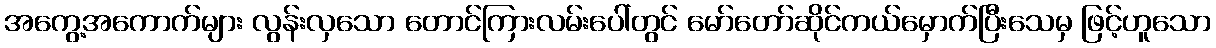
အကွေ့အကောက်များ လွန်းလှသော တောင်ကြားလမ်းပေါ်တွင် မော်တော်ဆိုင်ကယ်မှောက်ပြီးသေမှ ဖြင့်ဟူသော